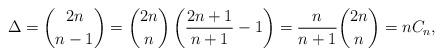
LaTeX: \begin{align*}\Delta=\binom{2n}{n-1}=\binom{2n}{n}\left(\frac{2n+1}{n+1}-1\right)=\frac{n}{n+1}\binom{2n}{n}=nC_n,\end{align*}